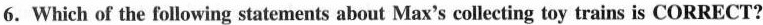
6. Which of the following statements about Max's collecting toy trains is CORRECT?